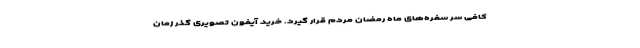
کافی سر سفره‌های ماه رمضان مردم قرار گیرد. خرید آیفون تصویری گذر زمان